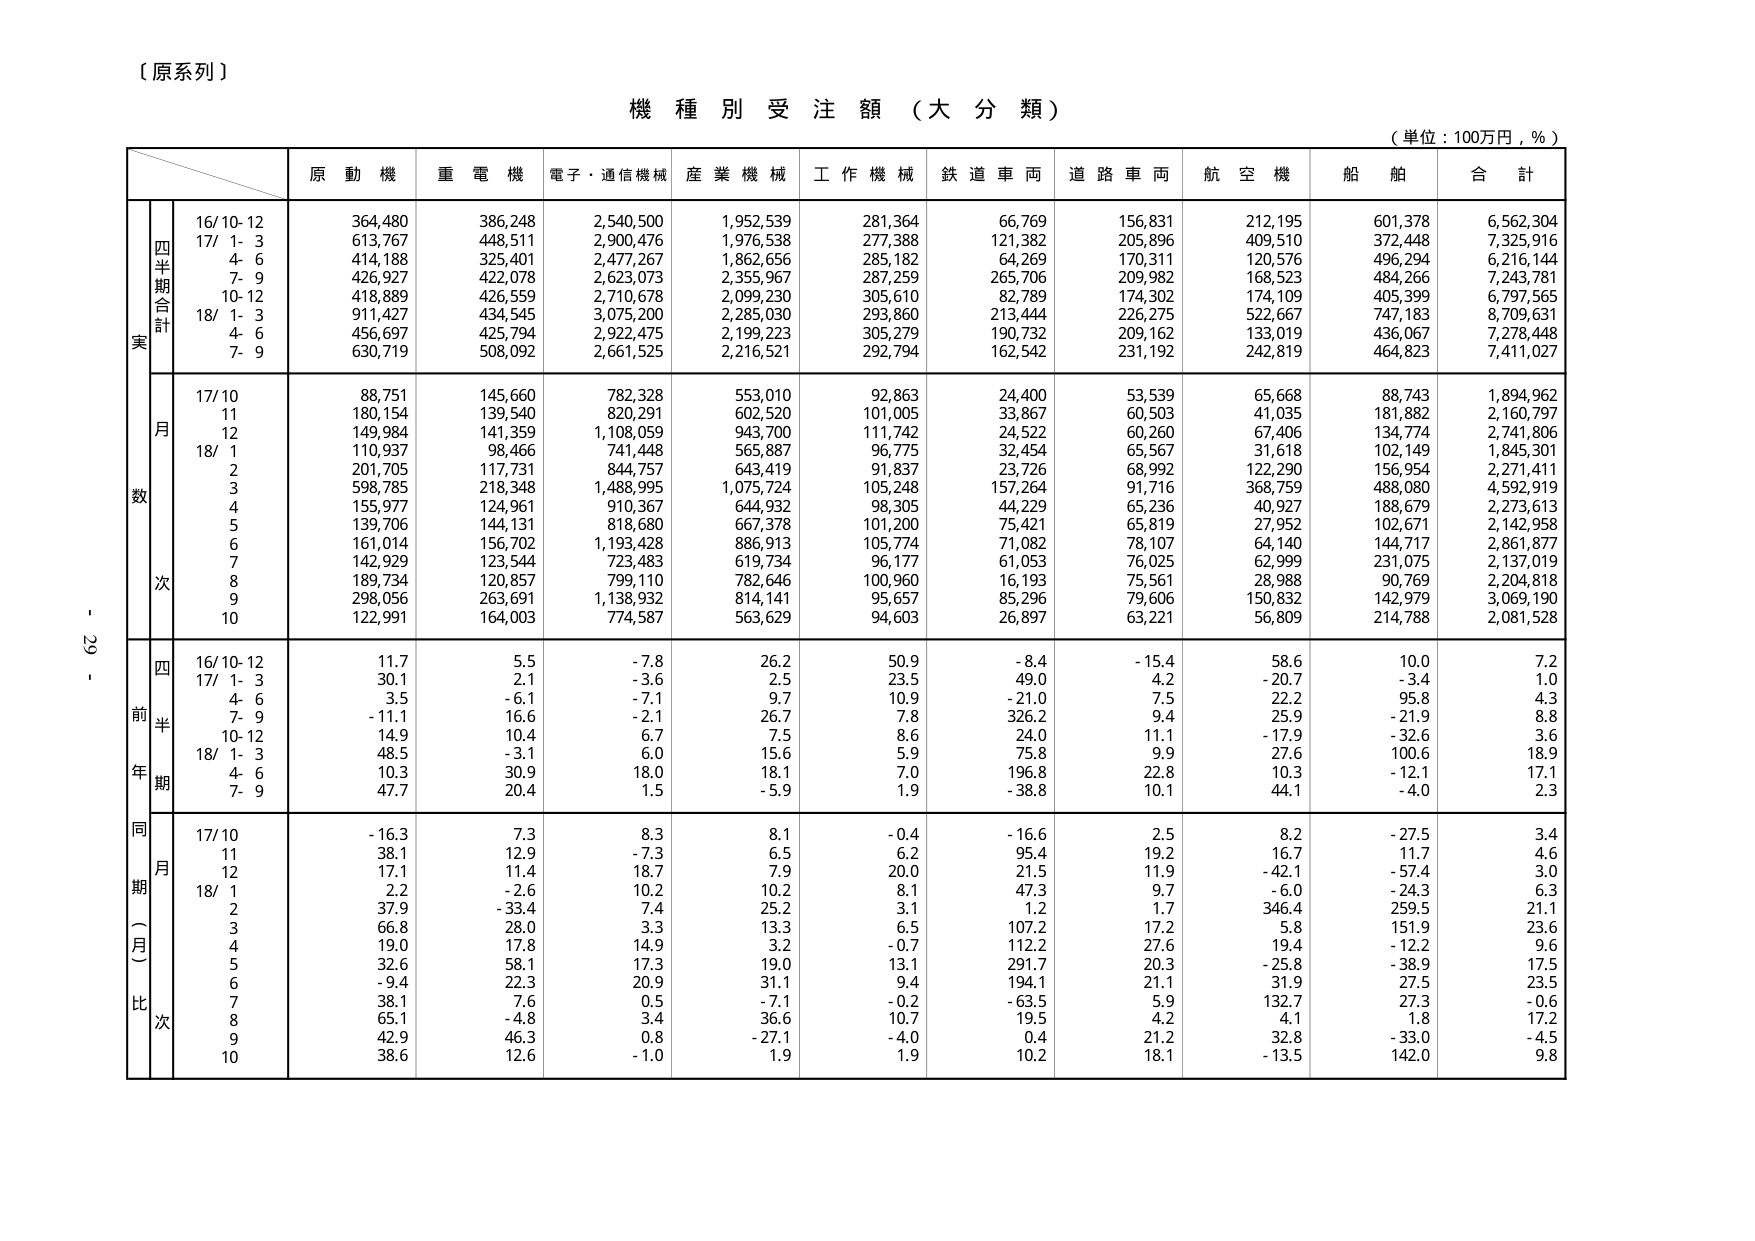
【原系列】

機 種 別 受 注 額 （大 分 類）

（単位：100万円，％）

原 動 機　重 電 機　電子・通信機械　産 業 機 械　工 作 機 械　鉄 道 車 両　道 路 車 両　航 空 機　船 舶　合 計

四半期合計
16/10-12　364,480　386,248　2,540,500　1,952,539　281,364　66,769　156,831　212,195　601,378　6,562,304
17/ 1- 3　613,767　448,511　2,900,476　1,976,538　277,388　121,382　205,896　409,510　372,448　7,325,916
　4- 6　414,188　325,401　2,477,267　1,862,656　285,182　64,269　170,311　120,576　496,294　6,216,144
　7- 9　426,927　422,078　2,623,073　2,355,967　287,259　265,706　209,982　168,523　484,266　7,243,781
18/10-12　418,889　426,559　2,710,678　2,099,230　305,610　82,789　174,302　174,109　405,399　6,797,565
　1- 3　911,427　434,545　3,075,200　2,285,030　293,860　213,444　226,275　522,667　747,183　8,709,631
　4- 6　456,697　425,794　2,922,475　2,199,223　305,279　190,732　209,162　133,019　436,067　7,278,448
　7- 9　630,719　508,092　2,661,525　2,216,521　292,794　162,542　231,192　242,819　464,823　7,411,027

月数次
17/10　88,751　145,660　782,328　553,010　92,863　24,400　53,539　65,668　88,743　1,894,962
11　180,154　139,540　820,291　602,520　101,005　33,867　60,503　41,035　181,882　2,160,797
12　149,984　141,359　1,108,059　943,700　111,742　24,522　60,260　67,406　134,774　2,741,806
18/ 1　110,937　98,466　741,448　565,887　96,775　32,454　65,567　31,618　102,149　1,845,301
　2　201,705　117,731　844,757　643,419　91,837　23,726　68,992　122,290　156,954　2,271,411
　3　598,785　218,348　1,488,995　1,075,724　105,248　157,264　91,716　368,759　488,080　4,592,919
　4　155,977　124,961　910,367　644,932　98,305　44,229　65,236　40,927　188,679　2,273,613
　5　139,706　144,131　818,680　667,378　101,200　75,421　65,819　27,952　102,671　2,142,958
　6　161,014　156,702　1,193,428　886,913　105,774　71,082　78,107　64,140　144,717　2,861,877
　7　142,929　123,544　723,483　619,734　96,177　61,053　76,025　62,999　231,075　2,137,019
　8　189,734　120,857　799,110　782,646　100,960　16,193　75,561　28,988　90,769　2,204,818
　9　298,056　263,691　1,138,932　814,141　95,657　85,296　79,606　150,832　142,799　3,069,190
　10　122,991　164,003　774,587　563,629　94,603　26,897　63,221　56,809　214,788　2,081,528

四半期
前年同期比（％）
16/10-12　11.7　5.5　-7.8　26.2　50.9　-8.4　-15.4　58.6　10.0　7.2
17/ 1- 3　30.1　2.1　-3.6　2.5　23.5　49.0　4.2　-20.7　-3.4　1.0
　4- 6　3.5　-6.1　-7.1　9.7　10.9　-21.0　7.5　22.2　95.8　4.3
　7- 9　-11.1　16.6　-2.1　26.7　7.8　326.2　9.4　25.9　-21.9　8.8
18/10-12　14.9　10.4　6.7　7.5　8.6　24.0　11.1　-17.9　-32.6　3.6
　1- 3　48.5　-3.1　6.0　15.6　5.9　75.8　9.9　27.6　100.6　18.9
　4- 6　10.3　30.9　18.0　18.1　7.0　196.8　22.8　10.3　-12.1　17.1
　7- 9　47.7　20.4　1.5　-5.9　1.9　-38.8　10.1　44.1　-4.0　2.3

同期（月）比
17/10　-16.3　7.3　8.3　8.1　-0.4　-16.6　2.5　8.2　-27.5　3.4
11　38.1　12.9　-7.3　6.5　6.2　95.4　19.2　16.7　11.7　4.6
12　17.1　11.4　18.7　7.9　20.0　21.5　11.9　-42.1　-57.4　3.0
18/ 1　2.2　-2.6　10.2　10.2　8.1　47.3　9.7　-6.0　-24.3　6.3
　2　37.9　-33.4　7.4　25.2　3.1　1.2　1.7　346.4　259.5　21.1
　3　66.8　28.0　3.3　13.3　6.5　107.2　17.2　5.8　151.9　23.6
　4　19.0　17.8　14.9　3.2　-0.7　112.2　27.6　19.4　-12.2　9.6
　5　32.6　58.1　17.3　19.0　13.1　291.7　20.3　-25.8　-38.9　17.5
　6　-9.4　22.3　20.9　31.1　9.4　194.1　21.1　31.9　27.5　23.5
　7　38.1　7.6　0.5　-7.1　-0.2　-63.5　5.9　132.7　27.3　-0.6
　8　65.1　-4.8　3.4　36.6　10.7　19.5　4.2　4.1　1.8　17.2
　9　42.9　46.3　0.8　-27.1　-4.0　0.4　21.2　32.8　-33.0　-4.5
　10　38.6　12.6　-1.0　1.9　1.9　10.2　18.1　-13.5　142.0　9.8

- 29 -